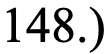
148.)